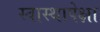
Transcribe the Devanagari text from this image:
स्वास्थापेक्षा